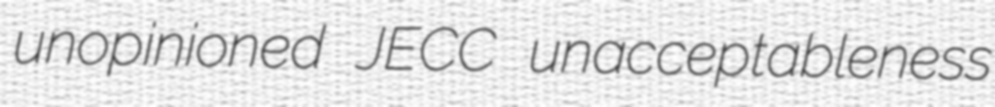
unopinioned JECC unacceptableness